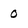
Character: 0